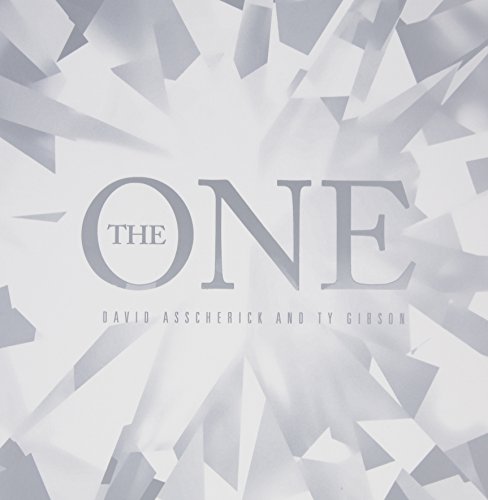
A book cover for The One (New Voice of Youth); David Asscherick; Christian Books & Bibles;